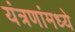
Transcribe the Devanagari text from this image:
यंत्रणांमध्ये